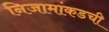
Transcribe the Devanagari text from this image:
निजामांकडची